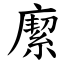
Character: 緳